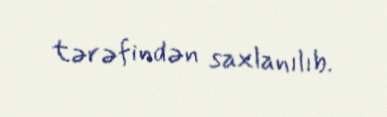
tərəfindən saxlanılıb.